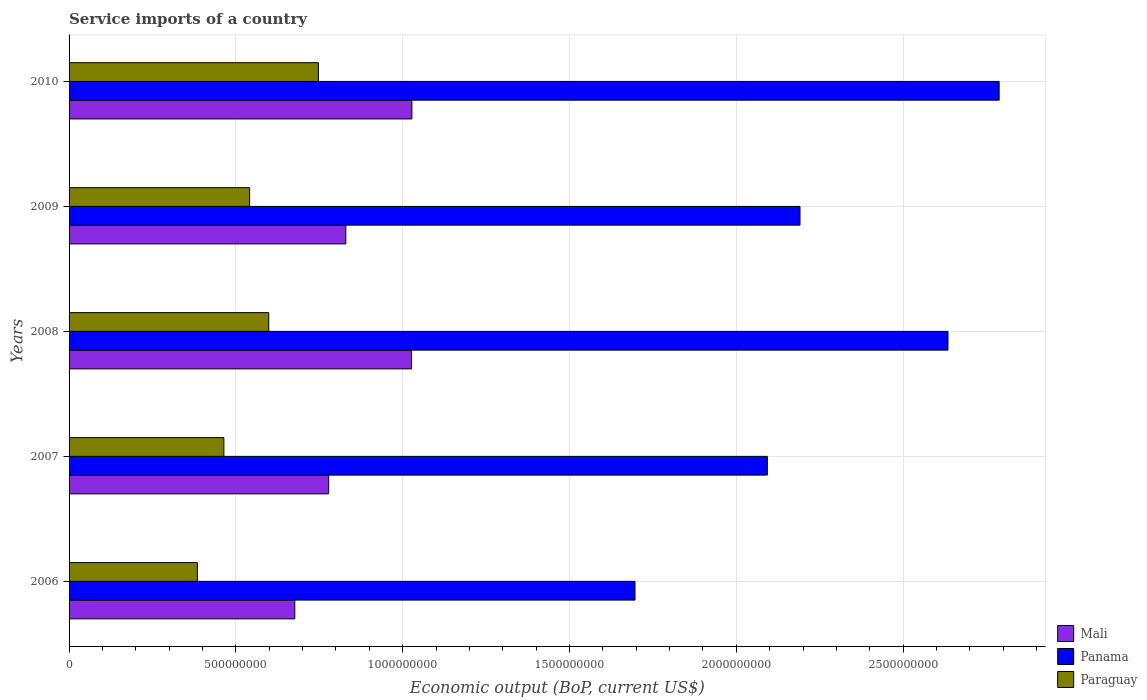
| Years | Mali | Panama | Paraguay |
 | --- | --- | --- | --- |
 | 2006 | 6.77e+08 | 1.7e+09 | 3.85e+08 |
 | 2007 | 7.78e+08 | 2.09e+09 | 4.64e+08 |
 | 2008 | 1.03e+09 | 2.63e+09 | 5.99e+08 |
 | 2009 | 8.3e+08 | 2.19e+09 | 5.41e+08 |
 | 2010 | 1.03e+09 | 2.79e+09 | 7.47e+08 |